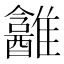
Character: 𱁎